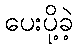
ပေးပို့ခဲ့